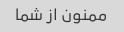
ممنون از شما